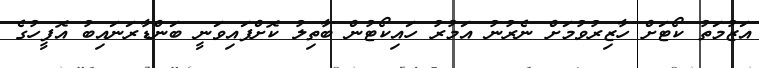
އަޒުމަތު ކޯޓަށް ހާޒިރުވުމަށް ނެރުނު އަމުރު ހައިކޯޓުން ބާތިލު ކޮށްފައިވަނީ ބަންޑާރަނައިބު އޮފީހުގެ